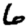
Digit: 6